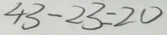
4 3 - 2 3 = 2 0